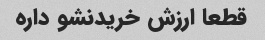
قطعا ارزش خریدنشو داره